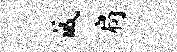
藏扃